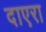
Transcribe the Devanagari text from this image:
दाएरा